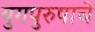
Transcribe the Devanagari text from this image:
युगपुरुषाचे